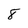
Character: 8